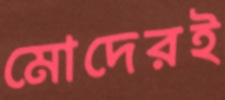
মোদেরই